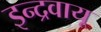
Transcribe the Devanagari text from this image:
इन्द्रवायू